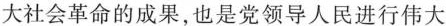
大社会革命的成果，也是党领导人民进行伟大